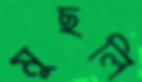
মুছলি